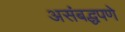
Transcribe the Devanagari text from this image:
असंबद्धपणे